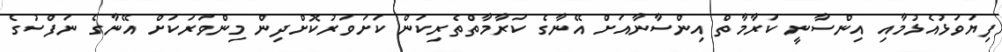
ފިޔަވަޅުއެޅުމާއި އިންސާނީ ކަރާމާތް އިންސާނާއަށް އޭނާގެ ކަރާމާތްތެރިކަން ކަށަވަރުކޮށްދިން މިންވަރަކަށް އޭނާގެ ނަފްސުގެ